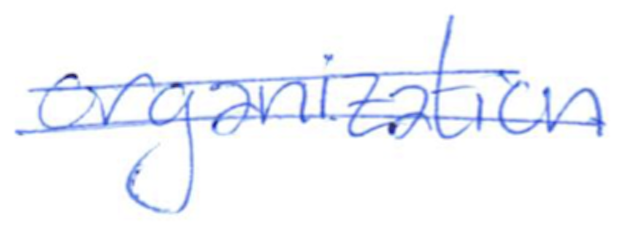
Text: organization
Cross-out: double-line
Writing tool: ballpoint